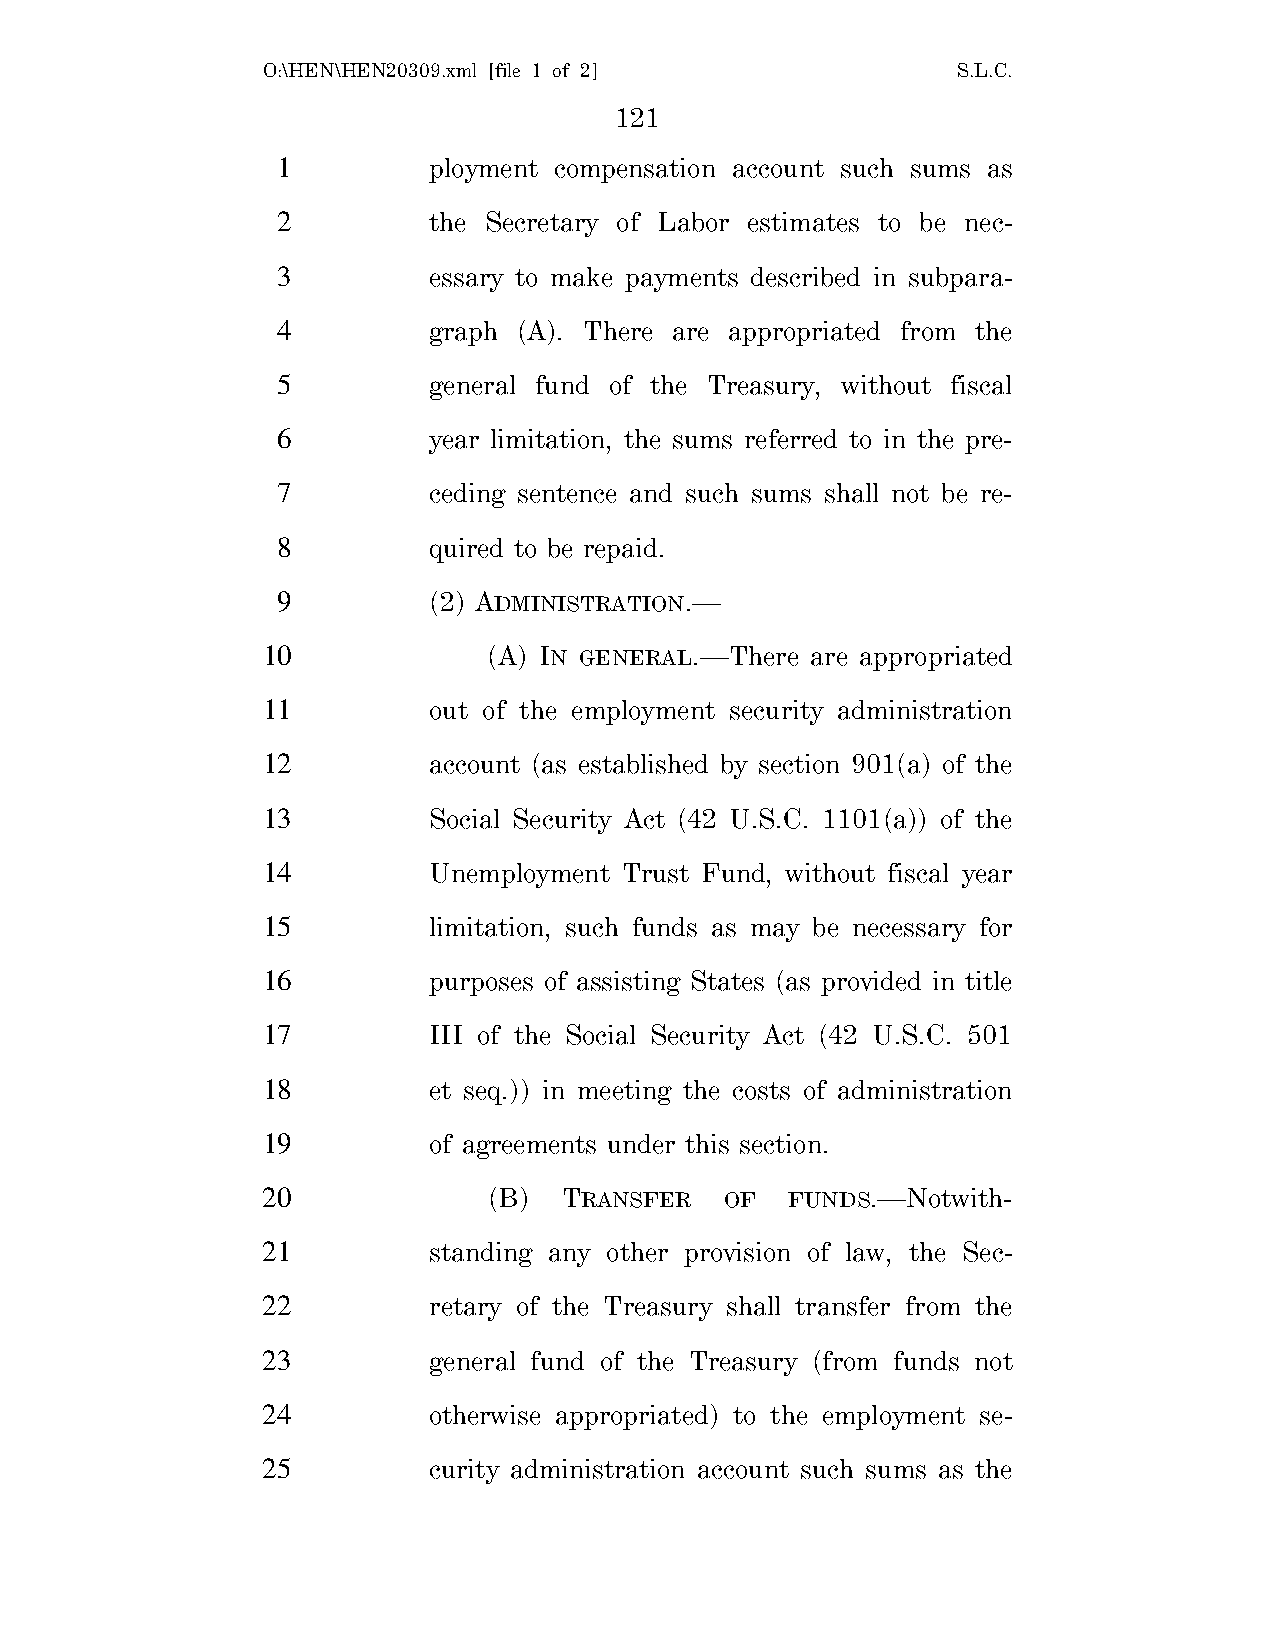
O:\HEN\HEN20309.xml [file 1 of 2]             S.L.C.
 121
 1         ployment compensation account such sums as
 2         the Secretary of Labor estimates to be nec-
 3         essary to make payments described in subpara-
 4         graph (A). There are appropriated from the
 5         general fund of the Treasury, without fiscal
 6         year limitation, the sums referred to in the pre-
 7         ceding sentence and such sums shall not be re-
 8         quired to be repaid.
 9         (2) ADMINISTRATION.—
 10             (A) IN GENERAL.—There are appropriated
 11         out of the employment security administration
 12         account (as established by section 901(a) of the
 13         Social Security Act (42 U.S.C. 1101(a)) of the
 14         Unemployment Trust Fund, without fiscal year
 15         limitation, such funds as may be necessary for
 16         purposes of assisting States (as provided in title
 17         III of the Social Security Act (42 U.S.C. 501
 18         et seq.)) in meeting the costs of administration
 19         of agreements under this section.
 20             (B)  TRANSFER   OF  FUNDS.—Notwith-
 21         standing any other provision of law, the Sec-
 22         retary of the Treasury shall transfer from the
 23         general fund of the Treasury (from funds not
 24         otherwise appropriated) to the employment se-
 25         curity administration account such sums as the